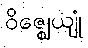
ဝိဇ္ဈေယျုံ